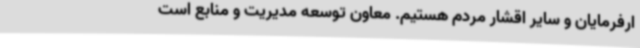
ارفرمایان و سایر اقشار مردم هستیم. معاون توسعه مدیریت و منابع است